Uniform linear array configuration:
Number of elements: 4
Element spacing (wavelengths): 0.25
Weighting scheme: blackman
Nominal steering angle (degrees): -15
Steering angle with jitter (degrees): -14.933
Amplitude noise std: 0.05
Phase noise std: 0.05

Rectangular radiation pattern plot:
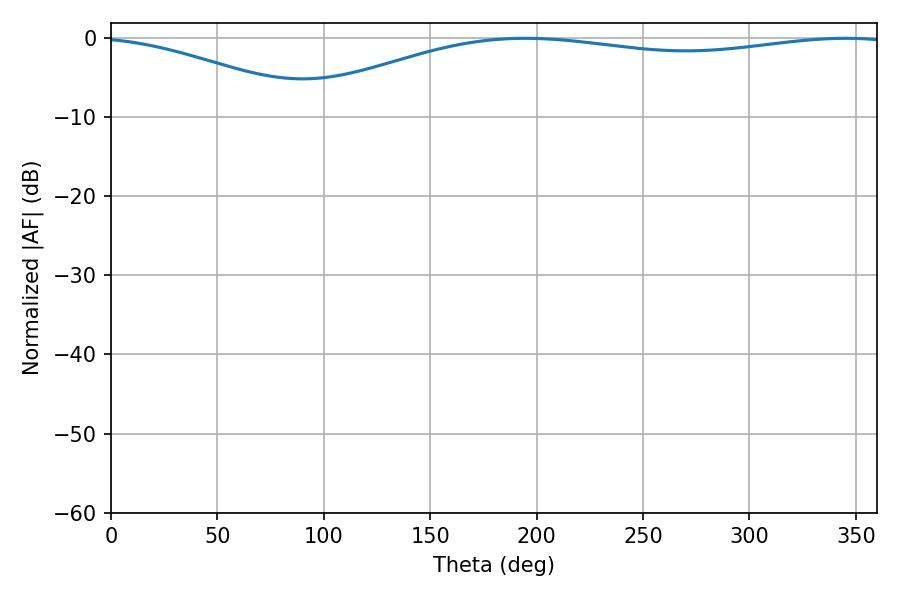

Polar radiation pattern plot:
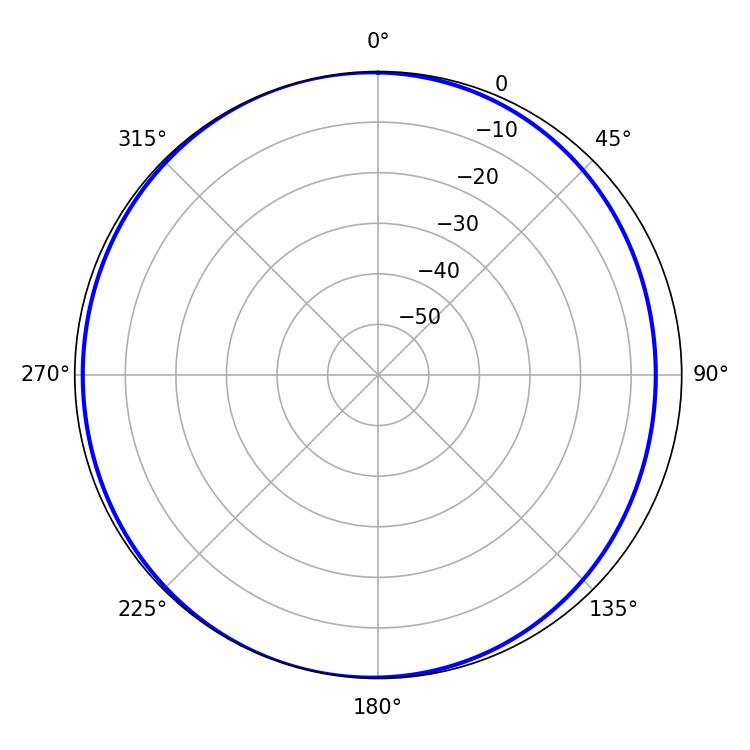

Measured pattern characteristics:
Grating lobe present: FALSE
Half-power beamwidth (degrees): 228.24
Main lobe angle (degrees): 194.58